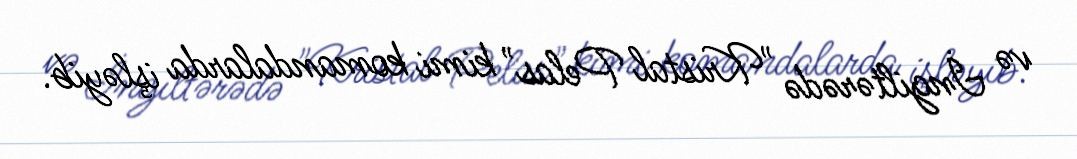
və İngiltərədə "Kristal Pelas" kimi komandalarda işləyib.